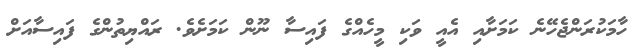
ހާމަކުރަންޖެހޭނެ ކަމަށާއި އެއީ ވަކި މީހެއްގެ ފައިސާ ނޫން ކަމަށެވެ. ރައްޔިތުންގެ ފައިސާއަށް